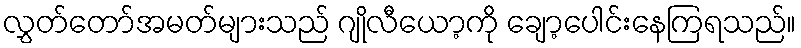
လွှတ်တော်အမတ်များသည် ဂျိုလီယော့ကို ချော့ပေါင်းနေကြရသည်။